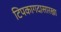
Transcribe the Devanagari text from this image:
टिपकागदासारखा